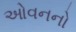
ઓવનનો